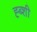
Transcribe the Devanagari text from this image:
ह्ब्शी